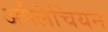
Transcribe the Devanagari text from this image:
अपैलैचियन